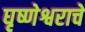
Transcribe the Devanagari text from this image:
घृष्णेश्वराचे